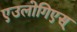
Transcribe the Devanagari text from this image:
एउलोगिएस्